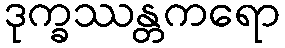
ဒုက္ခဿန္တကရော